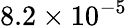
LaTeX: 8.2\times 10^{-5}